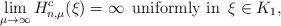
LaTeX: \begin{align*}\lim_{\mu\to\infty}H^c_{n,\mu}(\xi)=\infty\,\hbox{ uniformly in } \,\xi\in K_1,\end{align*}